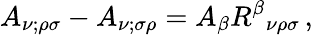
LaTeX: A_{\nu;\rho\sigma}-A_{\nu;\sigma\rho}=A_{\beta}R^{\beta}{}_{\nu\rho\sigma}\, ,